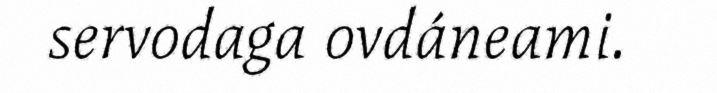
servodaga ovdáneami.